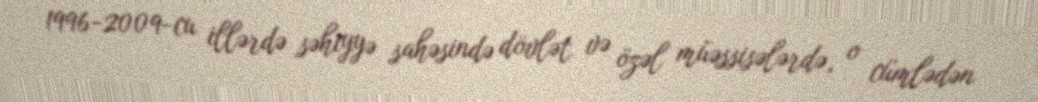
1996-2009-cu illərdə səhiyyə sahəsində dövlət və özəl müəssisələrdə, o cümlədən